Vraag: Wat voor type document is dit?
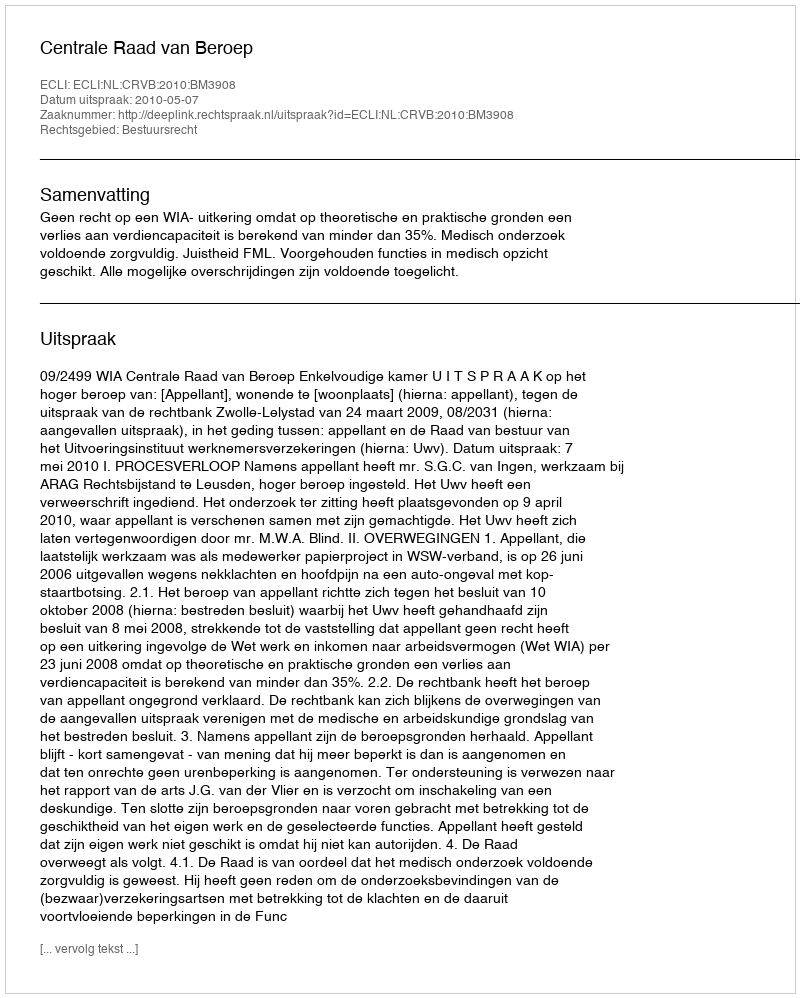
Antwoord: Uitspraak